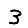
Digit: 3